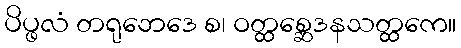
ပိပ္ဖလံ တရုဘေဒေ စ၊ ဝတ္ထစ္ဆေဒနသတ္ထကေ။